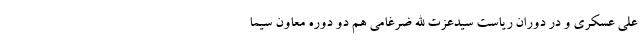
علی عسکری و در دوران ریاست سیدعزت الله ضرغامی هم دو دوره معاون سیما